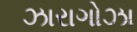
ઝારાગોઝા